Vaccination United Provinces of Agra and Oudh 1914-1922 - 1914-1922
Year: 1914
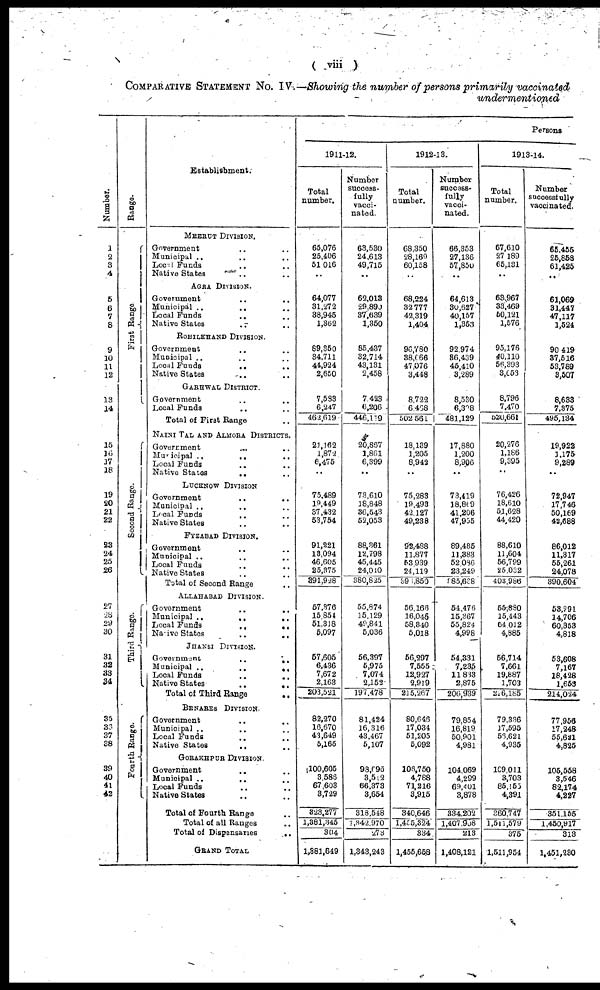
( viii )
COMPARATIVE STATEMENT No. IV. —Showing the number of persons primarily vaccinated
undermentioned
Number.
1
2
3
4
5
6
7
8
9
10
11
12
13
14
15
16
17
18
19
20
21
22
23
24
25
26
27
28
29
30
31
32
33
34
35
36
37
38
39
40
41
42
Range.
First Range
Second Range.
Third Range.
Fourth Range.
Establishment.
MEERUT DIVISION.
Government .. ..
Municipal .. .. ..
Local Funds .. ..
Native States .. ..
AGRA DIVISION.
Government .. ..
Municipal .. .. ..
Local Funds
.. ..
Native States
.. ..
ROHILKHAND DIVISION.
Government .. ..
Municipal .. .. ..
Local Funds
..
..
Native States .. ..
GARHWAL DISTRICT.
Government
..
..
Local Funds .. ..
Total of First Range ..
NAINI TAL AND ALMORA DISTRICTS.
Government .. ..
Municipal .. .. ..
Local Funds .. ..
Native States
.. ..
LUCKNOW DIVISION
Government .. ..
Municipal .. ..
Local Funds .. ..
Native States .. ..
FYZABAD DIVISION.
Government .. ..
Municipal .. .. ..
Local Funds .. ..
Native States .. ..
Total of Second Range ..
ALLAHABAD DIVISION.
Government
..
..
Municipal .. .. ..
Local Funds
..
..
Native States
..
..
JHANISI DIVISION.
Government
..
..
Municipal ..
..
..
Local Funds
..
..
Native States
..
..
Total of Third Range
..
BENARES DIVISION.
Government
..
..
Municipal ..
..
Local Funds .. ..
Native States .. ..
GORAKHPUR DIVISION.
Government
..
..
Municipal ..
.. ..
Local Funds .. ..
Native States .. ..
Total of Fourth Range ..
Total of all Ranges ..
Total of Dispensaries
..
GRAND TOTAL
Persons
1911-12.
Total
number.
65,076
25,406
51,016
..
64,077
31,272
38,945
1,362
89,350
34,711
44,924
2,650
7,583
6,247
462,619
21,162
1,872
6,475
..
75,489
19,449
37,432
53,754
91,321
13,094
46,605
25,375
391,928
57,376
15 854
51,318
5,097
57,605
6,436
7,672
2,163
203,521
82,270
16,670
43,649
5,165
100,605
3,586
67,603
3,729
323,277
1,381,345
304
1,381,649
Number
success-
fully
vacci-
nated.
63,530
24,613
49,715
..
62,013
29,890
37,639
1,350
85,437
32,714
43,131
2,458
7,423
6,206
446,119
20,867
1,861
6,399
..
73,610
18,848
36,543
52,053
88,361
12,798
45,445
24,010
380,825
55,874
15,129
49,341
5,036
56,397
5,975
7,074
2,152
197,478
81,424
16,316
43,467
5,107
98,695
3,512
66,373
3,654
318,518
1 ,342,970
273
1,343,243
1912-13.
Total
number.
68,350
28,169
60,158
..
68,224
32,777
42,319
1,404
96,780
38,666
47,076
3,448
8,722
6,468
502,561
18,139
1,205
8,942
..
75,283
19,493
42,127
49,238
92,488
11,877
53,939
24,119
396,850
56,166
16,045
58,340
5,018
56,297
7,555
12,927
2,919
215,267
80,646
17,034
51,205
5,092
106,750
4,788
71,216
3,915
340,646
1,455,324
334
1,455,658
Number
success-
fully
vacci¬
nated.
66,353
27,136
57,850
..
64,613
30,627
40,157
1,353
92,974
36,439
45,410
3,289
8,530
6,308
481,129
17,880
1,200
8,906
..
73,419
18,869
41,206
47,955
89,485
11,383
52,086
23,249
385,638
54,476
15,367
55,824
4,998
54,331
7,235
11,833
2,875
206,939
79,854
16,819
50,901
4,981
104,069
4,299
69,401
3,878
334,202
1,407,908
213
1,408,121
1913-14.
Total
number.
67,610
27,189
65,131
..
63 967
33,469
50,121
1,576
95,176
40,110
56,393
3,653
8,796
7,470
520,66l
20,276
1,186
9,395
..
76,426
18,610
51,628
44,420
88,610
11,604
56,799
25,032
403,986
55,880
15,443
64,012
4,885
56,714
7,661
19,887
1,703
226,185
79,336
17,595
56,621
4,935
109,011
3,703
85,155
4,391
360,747
1,511,579
375
1,511,954
Number
successfully
vaccinated.
65,455
25,858
61,425
..
61,069
31,447
47,117
1,524
90,419
37,516
53,789
3,507
8,633
7,375
495,134
19,922
1,175
9,289
..
72,947
17,746
50,169
42,688
86,012
11,317
55,261
24,078
390,604
53,291
14 706
60,353
4,818
53,608
7,167
18,428
1,653
214,024
77,956
17,248
55,621
4,825
105,558
3,546
82,174
4,227
351,155
l,450,917
313
1,451,230